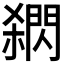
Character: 閷